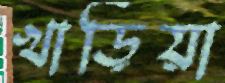
খাড়িয়া